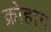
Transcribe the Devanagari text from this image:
क्रोहान